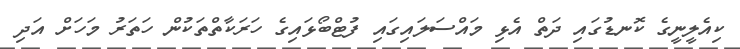
ކިއެލީނީގެ ކޮނޑުގައި ދަތް އެޅި މައްސަލައިގައި ފުޓްބޯޅައިގެ ހަރަކާތްތަކުން ހަތަރު މަހަށް އަދި